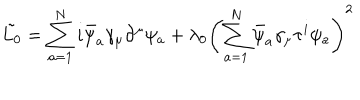
\tilde { L _ { 0 } } = \sum _ { a = 1 } ^ { N } i \bar { \psi } _ { a } \gamma _ { \mu } \partial ^ { \mu } \psi _ { a } + \lambda _ { 0 } \left( \sum _ { a = 1 } ^ { N } \bar { \psi } _ { a } \gamma _ { \mu } \tau ^ { i } \psi _ { a } \right) ^ { 2 }